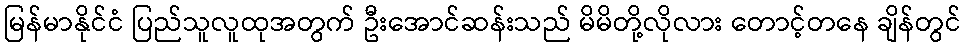
မြန်မာနိုင်ငံ ပြည်သူလူထုအတွက် ဦးအောင်ဆန်းသည် မိမိတို့လိုလား တောင့်တနေ ချိန်တွင်